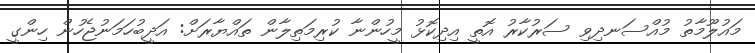
މައުލޫމާތު މުއްސަނދިވި ސަރުކާރު އޮތީ އިދިކޮޅު މީހުންނާ ކުރިމަތިލާން ތައްޔާރަށް: އަދީބުހަމަނުޖެހުން ހިންގީ